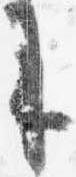
参